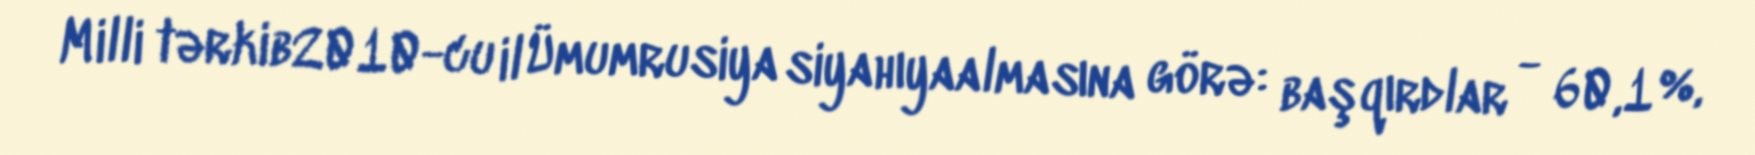
Milli tərkib2010-cu il Ümumrusiya siyahıyaalmasına görə: başqırdlar - 60,1 %,